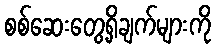
စစ်ဆေးတွေ့ရှိချက်များကို